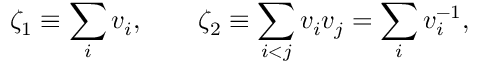
\zeta _ { 1 } \equiv \sum _ { i } v _ { i } , \qquad \zeta _ { 2 } \equiv \sum _ { i < j } v _ { i } v _ { j } = \sum _ { i } v _ { i } ^ { - 1 } ,